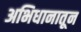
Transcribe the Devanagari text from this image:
अभिधानातून